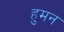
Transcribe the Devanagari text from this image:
हुमन